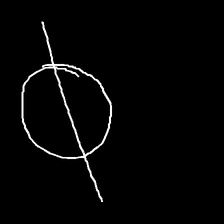
Glyph: orb